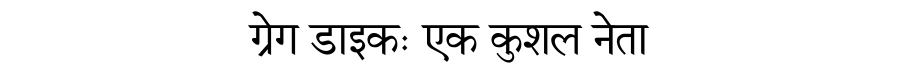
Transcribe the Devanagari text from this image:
ग्रेग डाइकः एक कुशल नेता